Jaan_Tonisson_(Lasteleht), lk 120
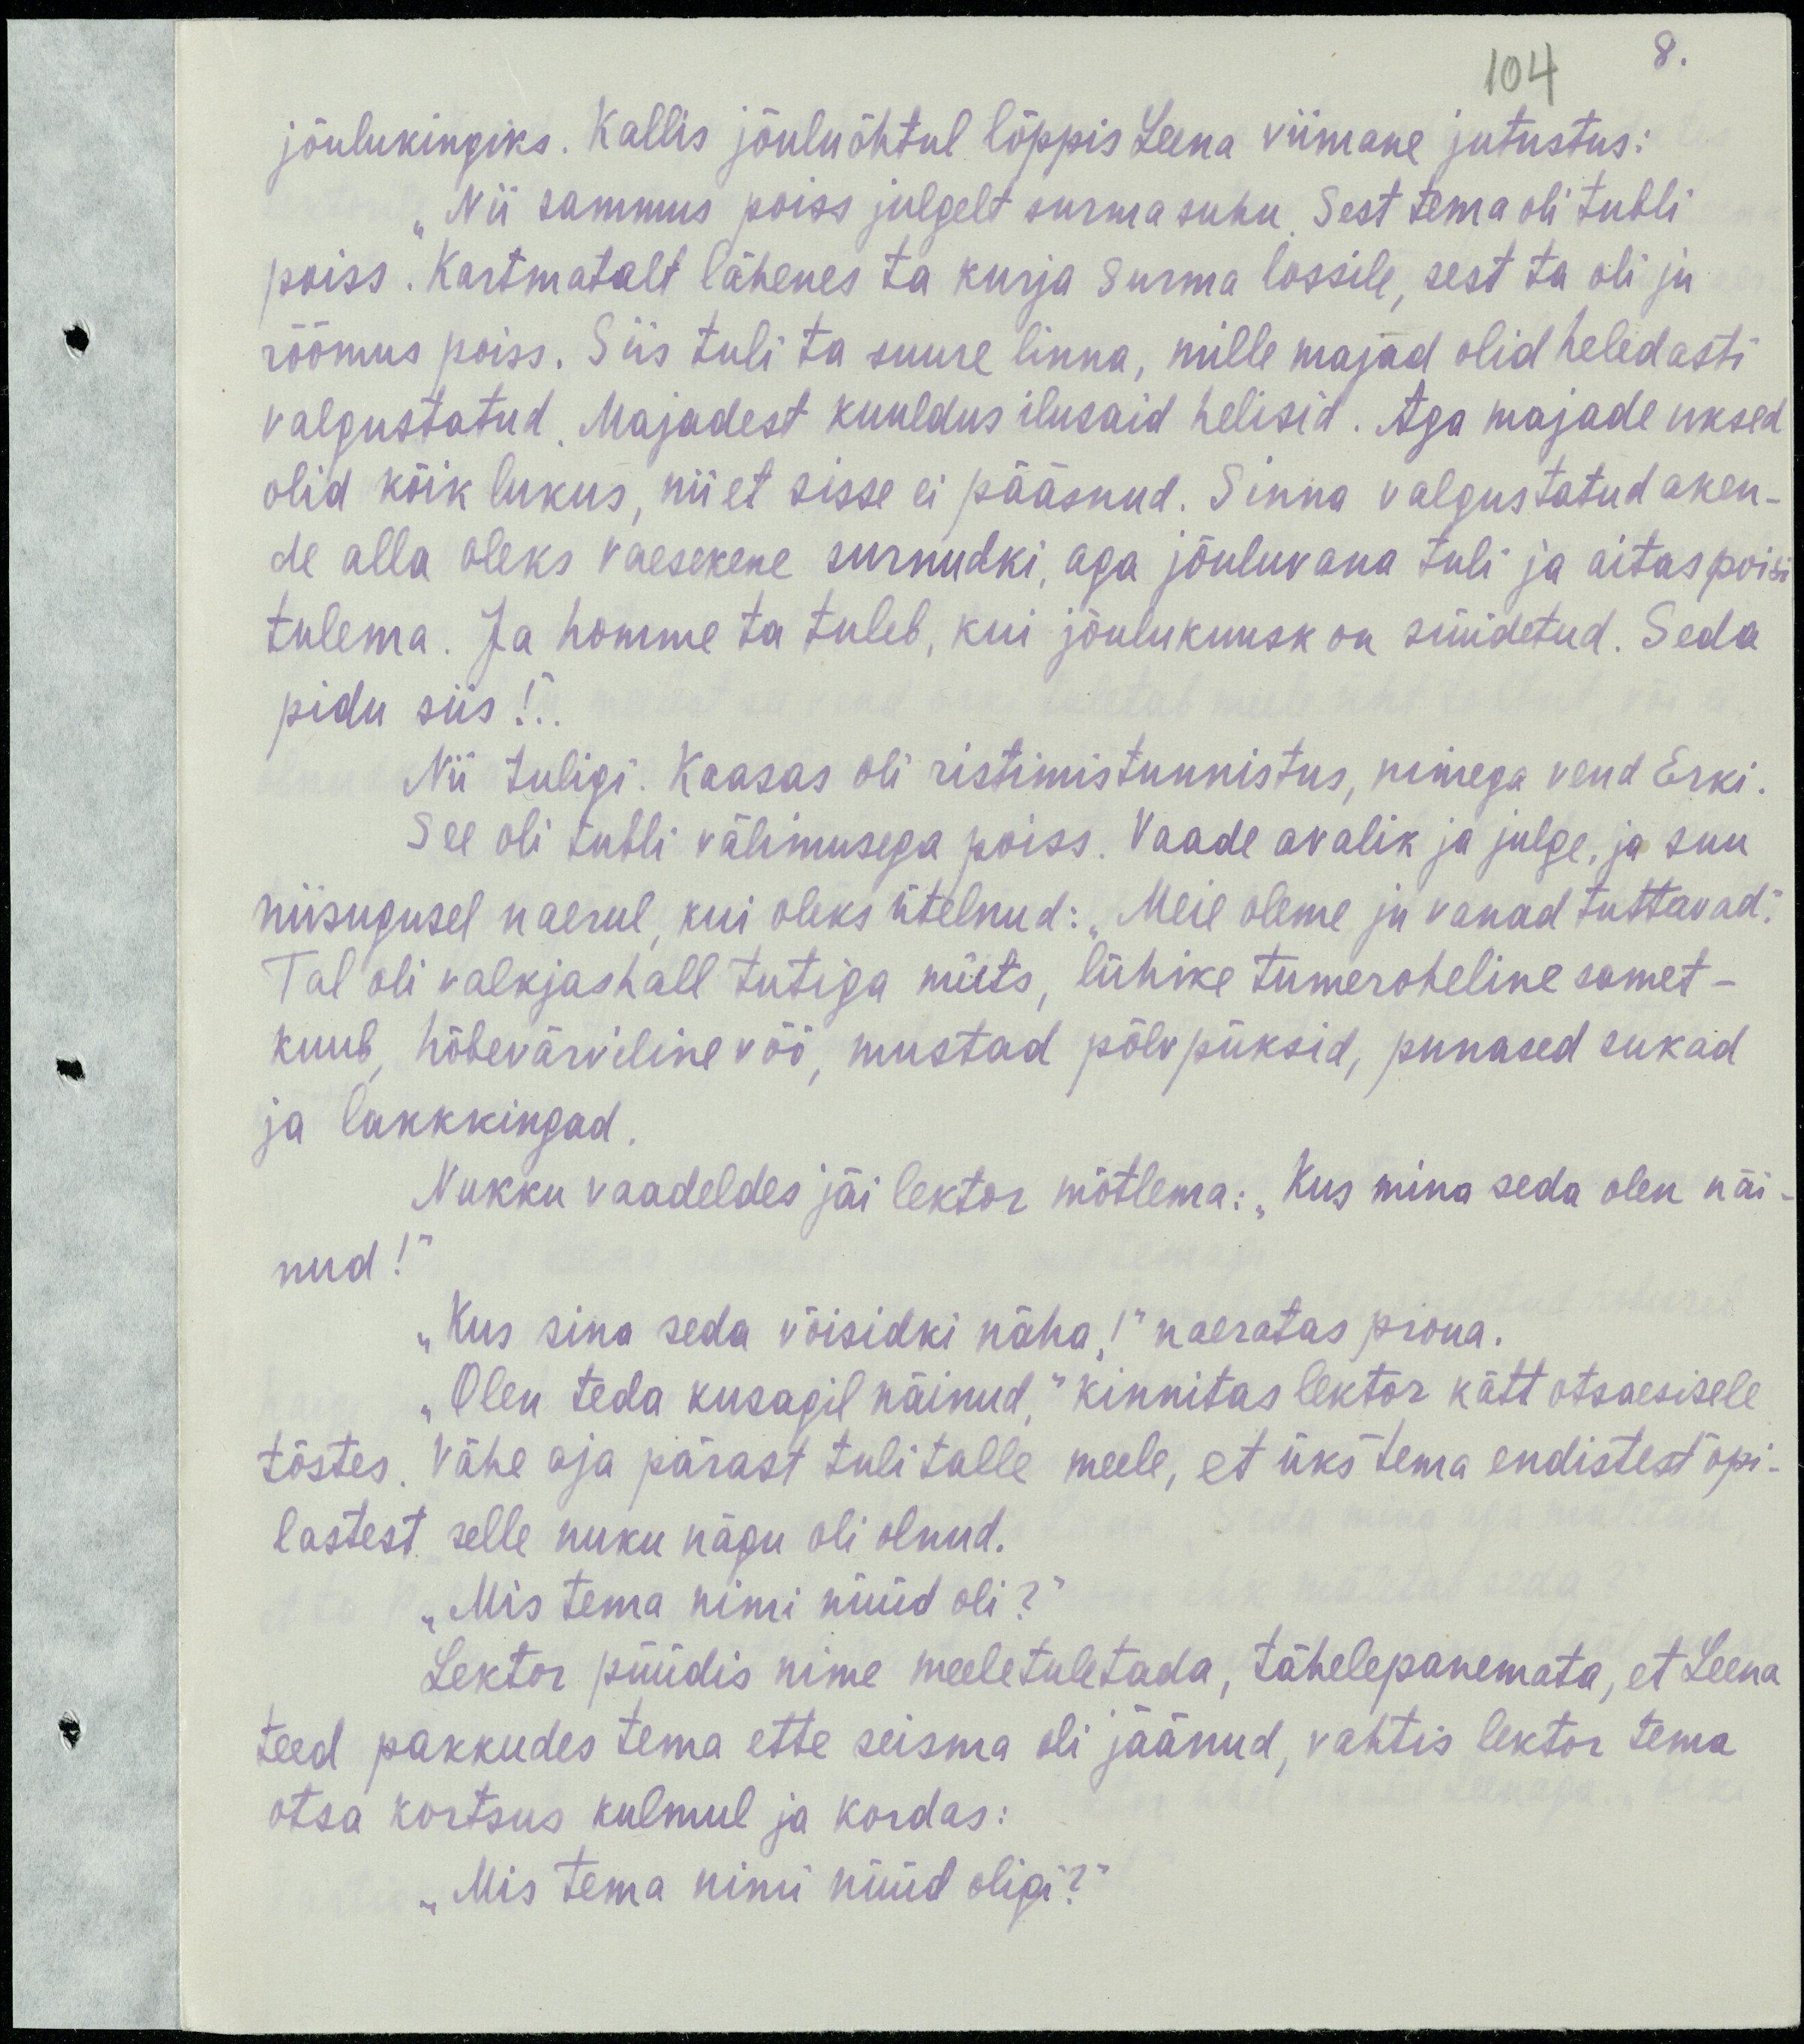
8.
104
jõulukingiks. Kallis jõuluõhtul lõppis Leena viimane jutustus:
„Nii sammus poiss julgelt surma suhu. Sest tema oli tubli
poiss. Kartmatalt lähenes ta kurja surma lossile, sest ta oli ju
rõõmus poiss. Siis tuli ta suure linna, mille majad olid heledasti
valgustatud. Majadest kuuldus ilusaid helisid. Aga majade uksed
olid kõik lukus, nii et sisse ei pääsenud. Sinna valgustatud aken-
de alla oleks vaeseke surnnudki, aga jõuluvana tuli ja aitas poisi
tulema. Ja homme ta tuleb, kui jõulukuusk on süüdetud. Seda
pidu siis!“..
Nii tuligi. Kaasas oli ristimistunnistus, nimega vend Erki.
See oli tubli välimusega poiss. Vaade avalik ja julge, ja suu
niisugusel naerul, kui oleks ütelnud: „Meie oleme ju vanad tuttavad.“
Tal oli valkjashall tutiga müts, lühike tumeroheline samet-
kuub, hõbevärviline vöö, mustad põlvpüksid, punased sukad
ja lakkkingad.
Nukku vaadeldes jäi lektor mõtlema: „kus mina seda olen näi-
nud!“
„Kus sina seda võisidki näha!“ naeratas proua.
„Olen teda kusagil näinud,“ kinnitas lektor kätt ostaesisele
tõstes. Vähe aja pärast tuli talle meele, et üks tema endistest õpi-
lastest selle nuku nägu oli olnud.
„Mis tema nimi nüüd oli?“
Lektor püüdis nime meeletuletada, tähelepanemata, et Leena
teed pakkudes tema ette seisma oli jäänud, vahtis lektor tema
otsa kortsus kulmul ja kordas:
„Mis tema nimi nüüd oligi?“